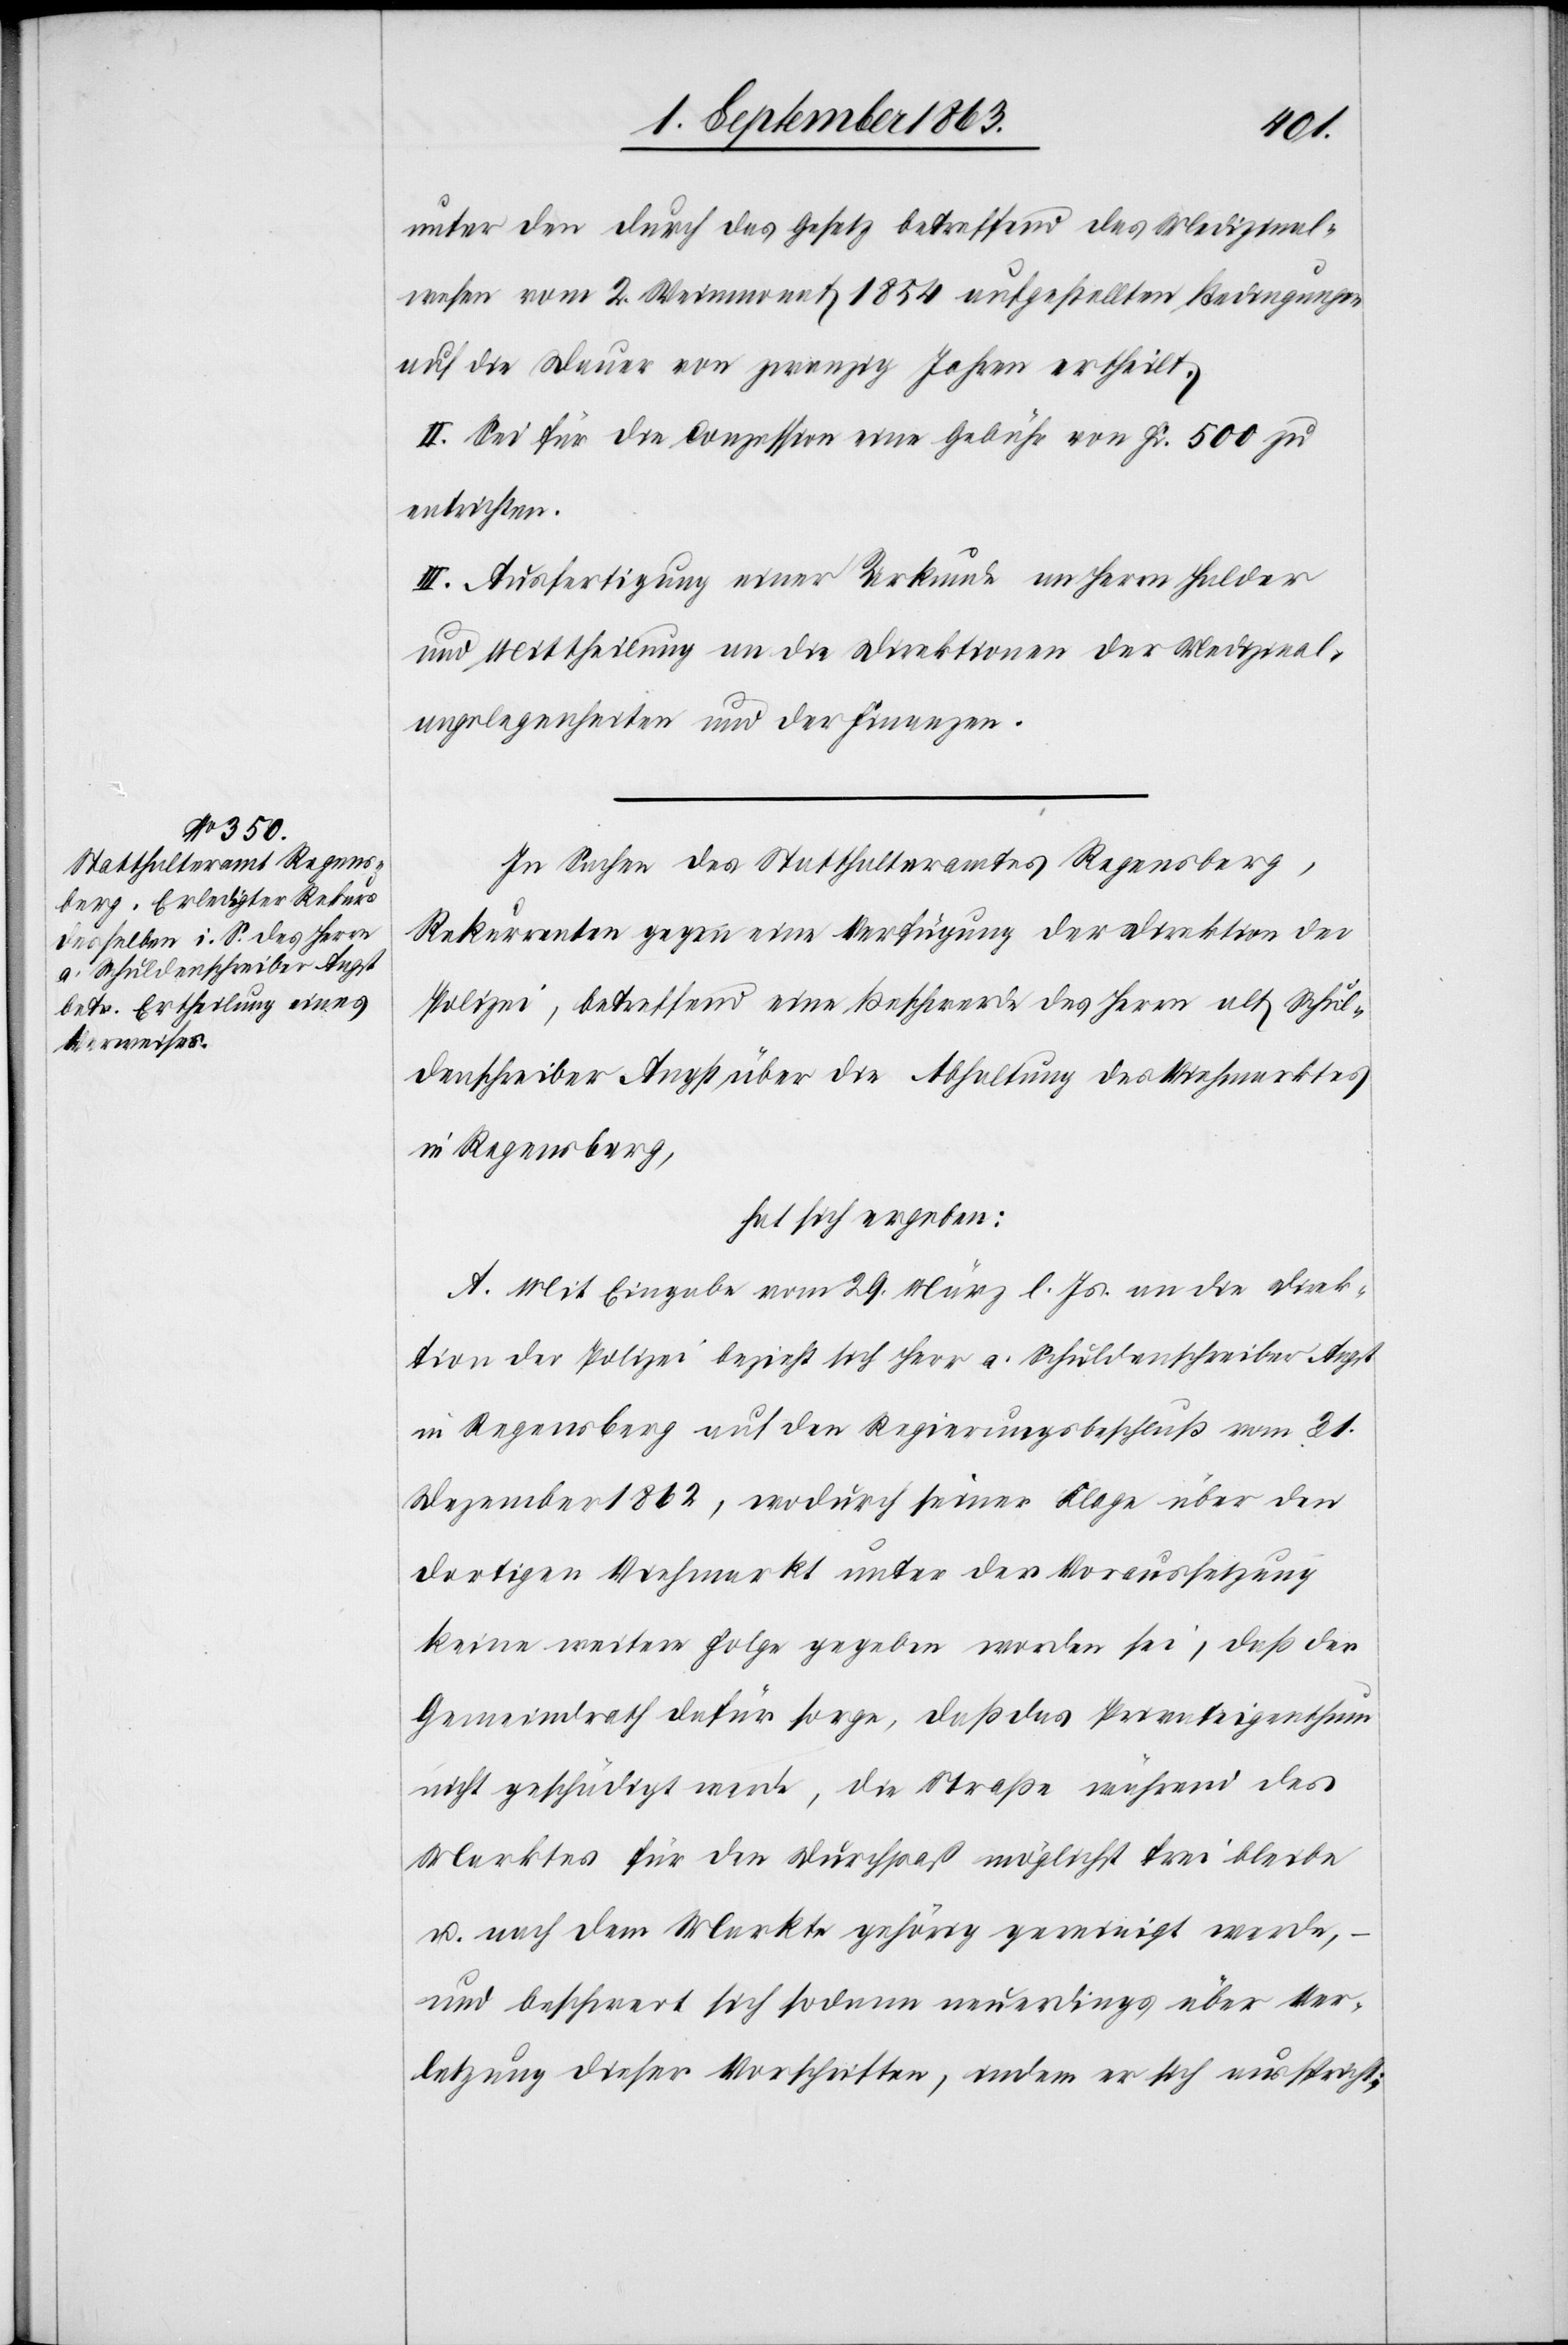
unter den durch das Gesetz betreffend das Medizinal¬
wesen vom 2. Weinmonat 1854 aufgestellten Bedingungen
auf die Dauer von zwanzig Jahren ertheilt.
II. Sei für die Conzession eine Gebühr von Fr. 500 zu
entrichten.
III. Ausfertigung einer Urkunde an Herrn Halder
und Mittheilung an die Direktionen der Medizinal¬
angelegenheiten und der Finanzen.
In Sachen des Statthalteramtes Regensberg,
Rekurrenten gegen eine Verfügung der Direktion der
Polizei, betreffend eine Beschwerde des Herrn alt Schul¬
denschreiber Angst über die Abhaltung des Viehmarktes
in Regensberg,
hat sich ergeben:
A. Mit Eingabe vom 29. März l. Js. an die Direk¬
tion der Polizei bezieht sich Herr a. Schuldenschreiber Angst
in Regensberg auf den Regierungsbeschluß vom 31.
Dezember 1862, wodurch seiner Klage über den
dortigen Viehmarkt unter der Voraussetzung
keine weitere Folge gegeben worden sei, daß der
Gemeindrath dafür sorge, daß das Privateigenthum
nicht geschädigt werde, die Straße während des
Marktes für den Durchpaß möglichst frei bleibe
u. nach dem Markte gehörig gereinigt werde,
und beschwert sich sodann neuerdings über Ver¬
letzung dieser Vorschriften, indem er sich ausspricht: